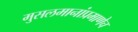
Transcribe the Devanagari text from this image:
मुसलमानांप्रमाणेच